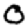
Digit: 0